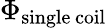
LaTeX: \Phi_{\mathrm{single\, coil}}